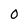
Character: 0